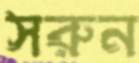
সরুন